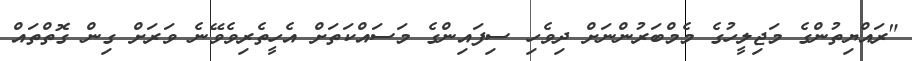
"ރައްޔިތުންގެ މަޖިލީހުގެ މެމްބަރުންނަށް ދިވެހި ސިފައިންގެ މަސައްކަތަށް އެހީތެރިވެވޭނެ ވަރަށް ގިން ގޮތްތައް